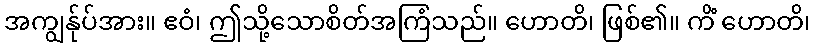
အကျွန်ုပ်အား။ ဧဝံ၊ ဤသို့သောစိတ်အကြံသည်။ ဟောတိ၊ ဖြစ်၏။ ကိံ ဟောတိ၊